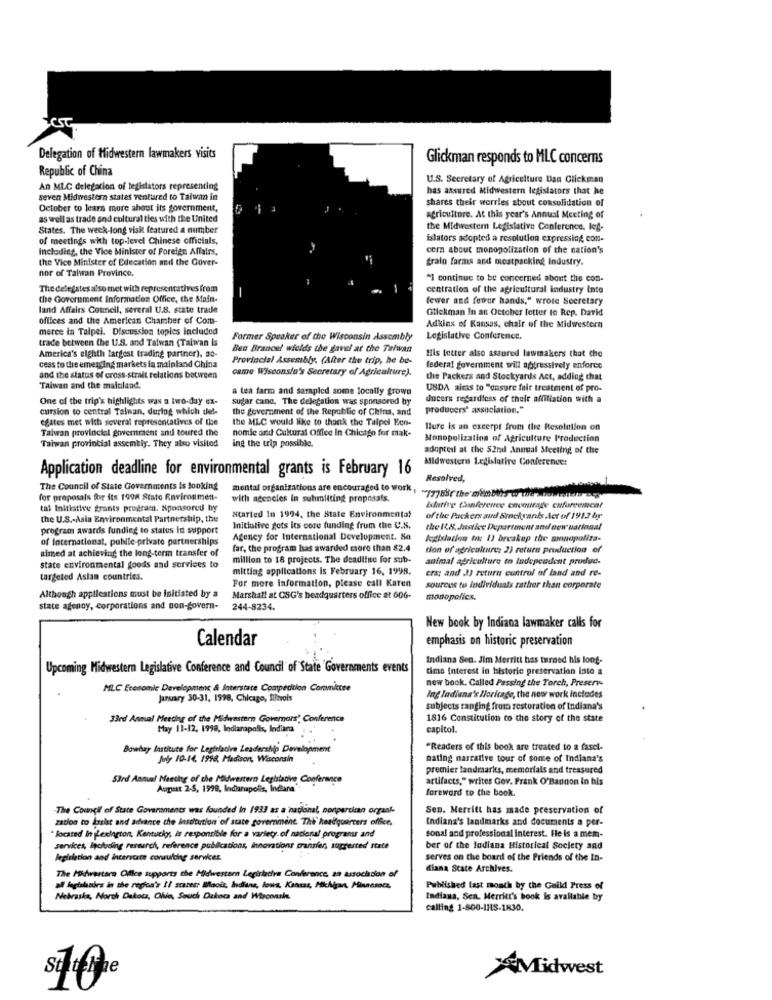
Delegation of Midwestern lawmakers visits
Glickman responds to MLC concerns
Republic of China
U.S. Secretary of Agriculture Dan Clickman
An MLC delegation of legislators representing
has assured Midwestern legislators that he
seven Midwestern states ventured to Taiwan in
shares their worries about consolidation of
October to learn more ahoust its government,
as well as trade and cultural ties with the United
agriculture. At this year's Annual Meeting of
States. The week-long visk featured a number
the Midwestern Legislative Conference. leg-
of meetings with top-level Chinese officials,
islators adopted a resolution expressing con-
Including, the Vice Minister of Foreign Affairs,
cem about monopolization of the nation's
the Vice Minister of Education and the Gover-
grain farms and meatpacking Industry.
nor of Talwan Province.
"] continue to be concerned about the con-
The delegates also met with representatives from
centration of the agricultural industry into
the Government Information Office, the Main-
fewer and fewer hands," wrote Secretary
land Affairs Commeil, several U.S. state trade
Gtlekman In an October fetter to Rep. David
offices and the American Chamber of Com-
meree in Talpel. Discussion toples Included
Adkins of Kansas, chair of the Midwestern
trade between the U.S. and Talwan (Taiwan Is
Former Speaker of the Wisconsin Assembly
Legislative Conference.
Ben Brancel wields the gavel at the Tilwan
America's elghth largest trading partner), ao-
Provincial Assembly. (After the trip, he be-
His letter also assured lawmakers that the
cess to the emerging markets la mainland China
came Wisconsin's Secretary of Agriculture).
federal government will aggressively enforce
and the status of cross-strait relations between
the Packers and Stockyards Act, adding that
Taiwan and the mainland.
& tea farm and sampled some locally grown
USDA aimis to "ensure fair treatment of pro-
One of the trip's highlights was a two-day ex-
sugar canc. The delegation was sponsored by
ducers regardless of their affiliation with a
cursion to central Talman, during which del-
the government of the Republic of China, and
producers' association."
egates met with several representatives of the
the MLC would like to thank the Tulpel Een-
Taiwan provincial government and toured the
nomic and Cultural Office In Chicago for mak-
Hure is an excerpt from the Resolution on
Monopolizatina of Agriculture Production
Taiwan provincial assembly. They also visited
ing the trip possible.
adopted at the 52nd Annual Meeting of the
Afldwestern Legislative Conference:
Application deadline for environmental grants is February 16
Resolved,
The Council of State Governments is looking
mental organizations are encouraged to work
for proposals for its 1998 Stato Environment-
with agencies in submitting proposals.
tal Initiative grants program. Sponsored by
Islative Conference encourage cafurcemcal
the U.S .- Asia Environmental Partnership, the
Started In 1994, the State Environmental
of the Packers aud Stockyards .Act of 1912 bg
program awards funding to status it support
Initiative gets its core funding frum the U.S.
the IL.8. Justice Department and new national
of international, public-private partnerships
Agency for International Development. 80
legislation to: 1) breakup the monopoliza-
aimed at achieving the long-term transfer of
far, the program has awarded more than 82.4
tion of agriculture: 2) return production of
million to 18 projects. The deadline for sub-
animal agriculture to Independent produc-
state environmental goods and services to
mitting applications is February 16, 1998.
era; and 1) return control of land and re-
targeted Asian countries.
For more Information, please call Karen
sources to individuals rather than corporate
Although appliestions must be Initiated by a
Marshall at CSG's headquarters office at 606-
monopolies.
state agency, corporations and non-govern-
244-8234.
New book by Indiana lawmaker calls for
Calendar
emphasis on historic preservation
Indiana Sen. Jim Merritt has turned his long-
Upcoming Midwestern Legislative Conference and Council of State Governments events
dime interest in historic preservation into a
new bock. Called Passing the Torch, Preserv-
MLC Economic Development & Interstate Competition Coramisse
January 30-31, 1998, Chicago, filmvols
Ing Indians's Heritage, the new work includes
subjects ranging from restoration of Indiana's
33rd Annual Meeting of the Midwestern Governors' Conference
1816 Constitution to the story of the state
May 11-12, 1998, Indianapolis, Indiana
capitol
Bowhay Institute for Legislative Leadership Development
"Readers of this book are treated to a fasel-
Joly 10-14. 1998, Madison, Wisconsin
nating narrative tour of some of Indiana's
premier landmarks, memorials and treasured
S3rd Annual Meeting of the Midwestern Legislative Conference
artifacts," writes Gov. Frank O'Bannon in his
August 2-5, 1999, Indianapolis, Indiana "
foreword to the book.
The Council of State Governments was founded In 1933 as a national, nonpartisan organi-
Sen. Merritt has made preservation of
zation to lasist and advance che institution of state government The headquarters offfee,
Indiana's landmarks and documents a per-
located In Lexington, Kentucky, is responsible for a variety of national programs and
sonal and professional interest. He is a mem-
services, including research, reference publications, Innovations transfer, suggested state
ber of the lodiana Historical Society and
legislation and incaricate consulting services
serves on the board of the Priends of the In-
The Midwestern Office supports the Midwestern Legislativa Conference, an association of
diana State Archives.
all legislators in the region's Il states; Bilaoft, Indiana, lows, Kansas, Michigan, Miundsoes,
Published last month by the Guild Press of
Nebraska, North Dakota, Ohio, South Dakota and Wircoach.
Indiana, Sen. Merritt's book is available by
calling 1-800-IHS-1830.
XMidwest